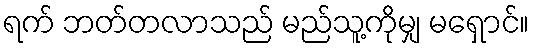
ရက် ဘတ်တလာသည် မည်သူ့ကိုမျှ မရှောင်။